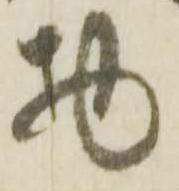
物